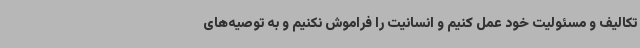
تکالیف و مسئولیت خود عمل کنیم و انسانیت را فراموش نکنیم و به توصیه‌های